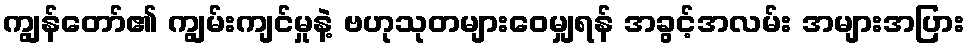
ကျွန်တော်၏ ကျွမ်းကျင်မှုနဲ့ ဗဟုသုတများဝေမျှရန် အခွင့်အလမ်း အများအပြား